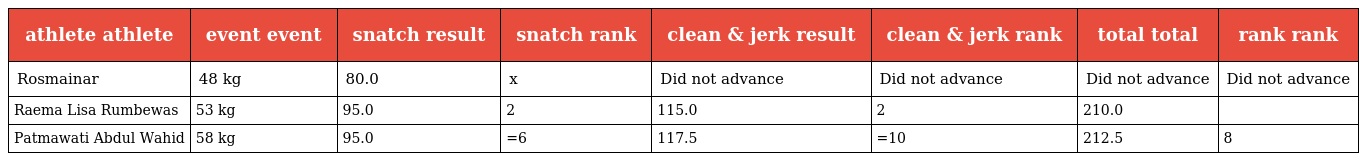
| athlete athlete | event event | snatch result | snatch rank | clean & jerk result | clean & jerk rank | total total | rank rank |
 | --- | --- | --- | --- | --- | --- | --- | --- |
 | Rosmainar | 48 kg | 80.0 | x | Did not advance | Did not advance | Did not advance | Did not advance |
 | Raema Lisa Rumbewas | 53 kg | 95.0 | 2 | 115.0 | 2 | 210.0 |  |
 | Patmawati Abdul Wahid | 58 kg | 95.0 | =6 | 117.5 | =10 | 212.5 | 8 |